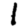
Digit: 1